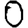
Digit: 0